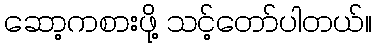
ဆော့ကစားဖို့ သင့်တော်ပါတယ်။